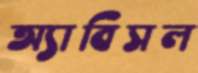
অ্যাবিসল